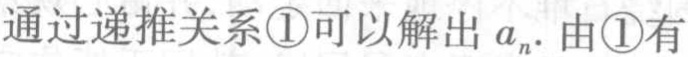
通过递推关系\textcircled{1}可以解出\(a_{n}\). 由\textcircled{1}有